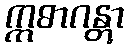
ဣဓာဂန္တွာ